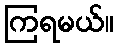
ကြရမယ်။